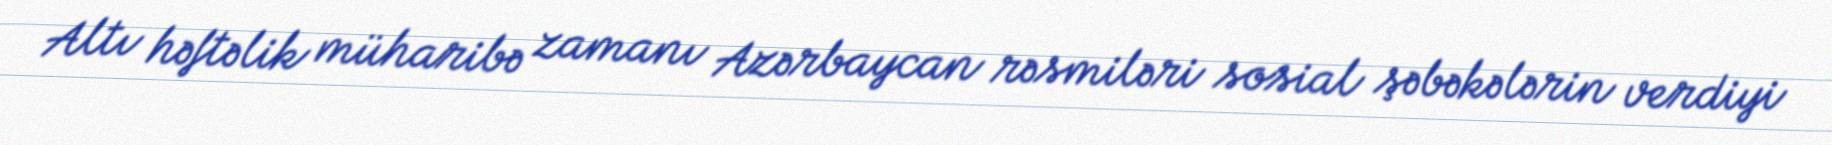
Altı həftəlik müharibə zamanı Azərbaycan rəsmiləri sosial şəbəkələrin verdiyi